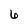
Character: 6